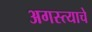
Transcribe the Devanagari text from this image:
अगस्त्याचे